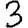
Digit: 3